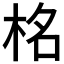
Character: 𭩹